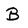
Character: B